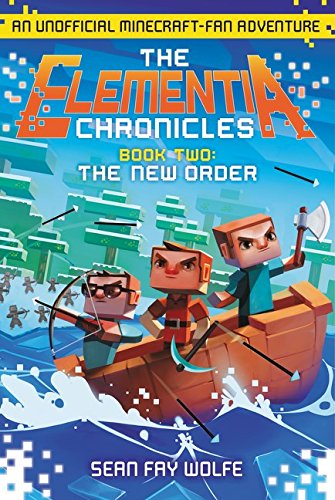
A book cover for The Elementia Chronicles #2: The New Order: An Unofficial Minecraft-Fan Adventure; Sean Fay Wolfe; Children's Books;